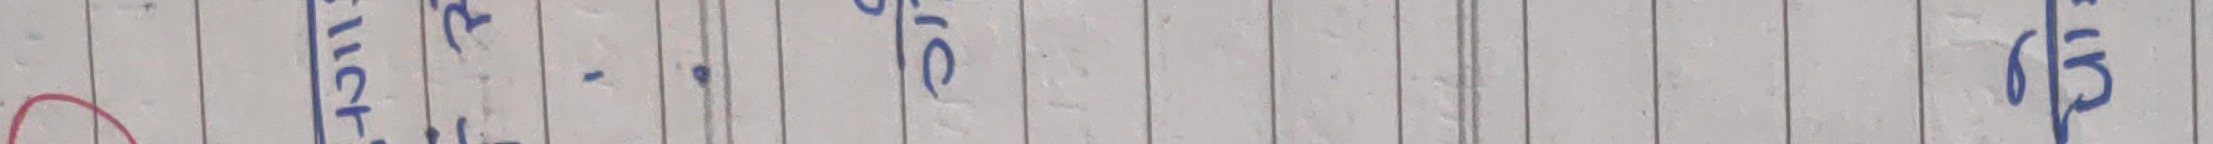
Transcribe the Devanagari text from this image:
अञ्च - १० ४३